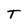
Character: T